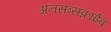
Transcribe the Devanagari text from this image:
अनसब्सक्राईब